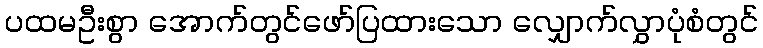
ပထမဦးစွာ အောက်တွင်ဖော်ပြထားသော လျှောက်လွှာပုံစံတွင်